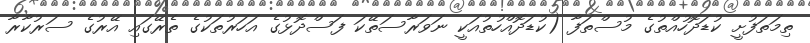
ތިމަތަފުށީ ކުޑަދޮހުއްތުގެ މުސްތަފާ (ކުޑަދޮއްހުތުއަކީ ނަވަރާސަތޭކަ ފަސްދޮޅުގެ އަހަރުތަކުގެ ތެރޭގައި އޭރުގެ ސަރުކާރާ